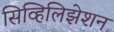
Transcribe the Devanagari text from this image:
सिव्हिलिझेशन